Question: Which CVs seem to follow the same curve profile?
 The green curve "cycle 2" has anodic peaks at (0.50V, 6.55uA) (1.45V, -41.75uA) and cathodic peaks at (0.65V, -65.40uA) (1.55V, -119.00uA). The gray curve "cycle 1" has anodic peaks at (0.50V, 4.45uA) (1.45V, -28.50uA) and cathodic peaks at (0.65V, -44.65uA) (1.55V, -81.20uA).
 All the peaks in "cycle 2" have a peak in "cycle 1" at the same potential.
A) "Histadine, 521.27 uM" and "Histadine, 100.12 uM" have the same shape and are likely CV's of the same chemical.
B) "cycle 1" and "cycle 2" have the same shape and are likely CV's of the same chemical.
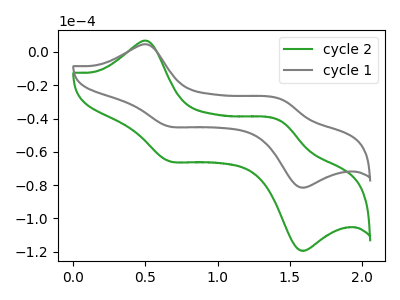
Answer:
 <answer>B) "cycle 1" and "cycle 2" have the same shape and are likely CV's of the same chemical.</answer>
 <eval>B</eval>